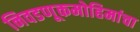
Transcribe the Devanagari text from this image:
निवडणूकमोहिमांचा